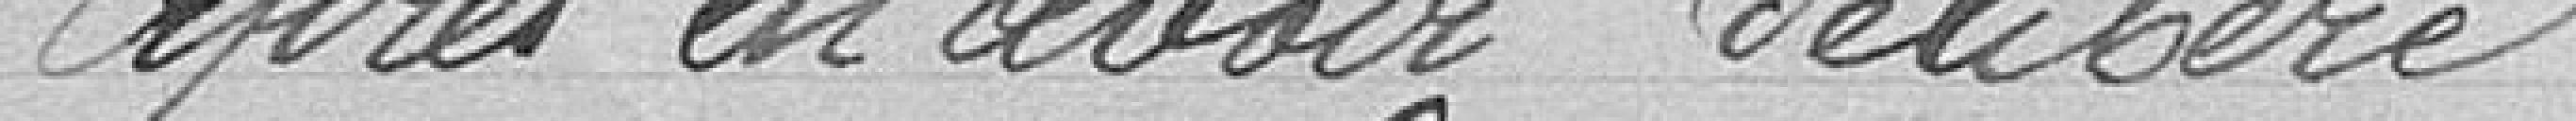
Après en avoir délibéré :